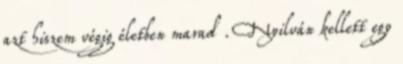
azt hiszem végig életben marad . Nyilván kellett egy